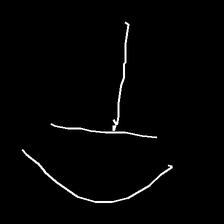
Glyph: dispersion